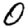
Digit: 0